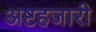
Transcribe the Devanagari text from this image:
अष्टहजारी